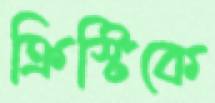
ক্রিস্টিকে